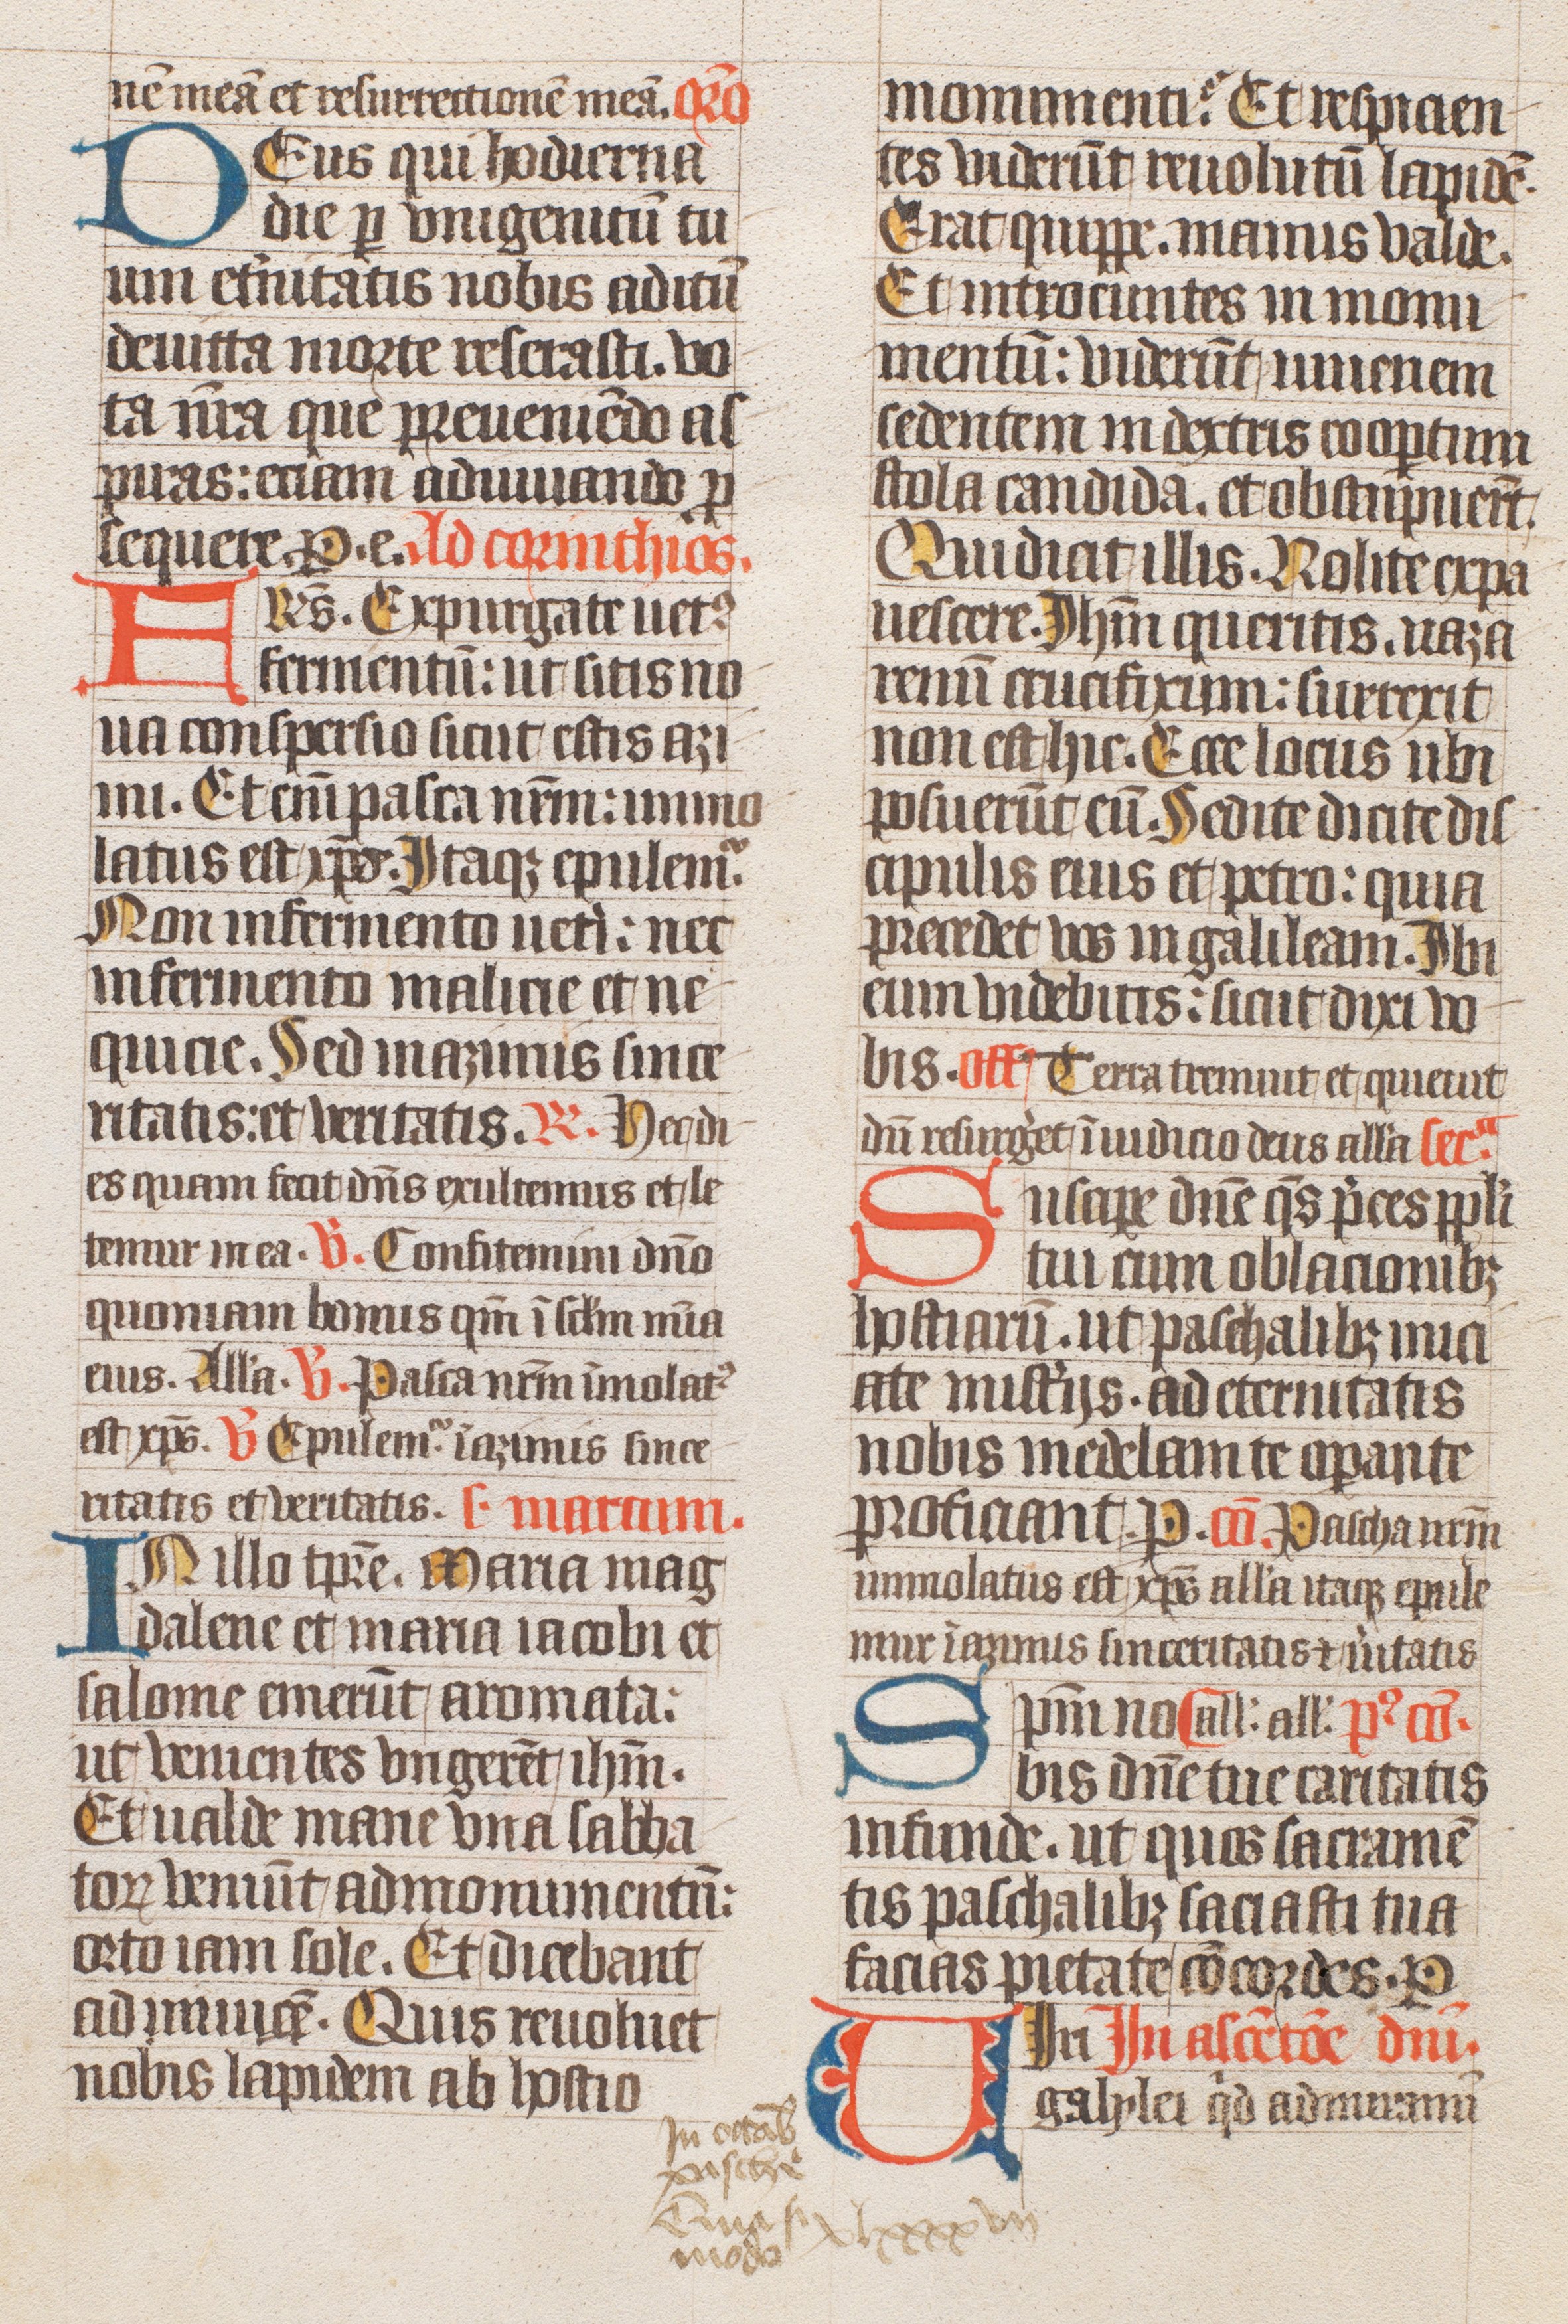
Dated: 1400–1499